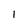
Character: 1